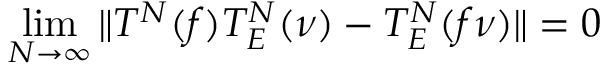
\operatorname * { l i m } _ { N \to \infty } \Vert T ^ { N } ( f ) T _ { E } ^ { N } ( \nu ) - T _ { E } ^ { N } ( f \nu ) \Vert = 0